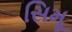
સિમૂ